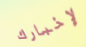
لإخبارك